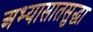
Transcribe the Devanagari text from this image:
अभ्यासातसुद्धा